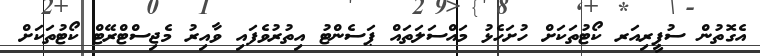
އެގޮތުން ސުޕީރިއަރ ކޯޓުތަކަށް ހުށަހެޅު މައްސަލަތައް ޕަސެންޓު އިތުރުވެފައި ވާއިރު މެޖިސްޓްރޭޓް ކޯޓުތަކަށް